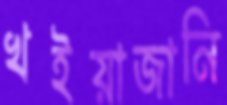
খইয়াজানি